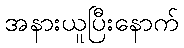
အနားယူပြီးနောက်